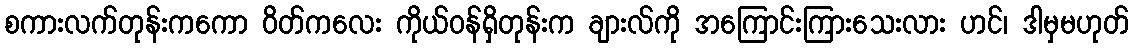
စကားလက်တုန်းကကော ဝိတ်ကလေး ကိုယ်ဝန်ရှိတုန်းက ချားလ်ကို အကြောင်းကြားသေးလား ဟင်၊ ဒါမှမဟုတ်